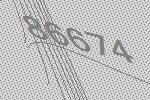
86674